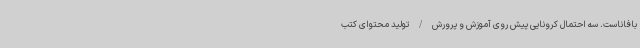
بافاناست. سه احتمال کرونایی پیش روی آموزش و پرورش/تولید محتوای کتب